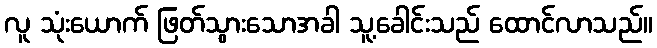
လူ သုံးယောက် ဖြတ်သွားသောအခါ သူ့ခေါင်းသည် ထောင်လာသည်။